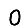
Digit: 0